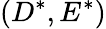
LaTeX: (D^{*},E^{*})